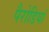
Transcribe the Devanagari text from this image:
पैरोडियां